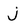
Character: J